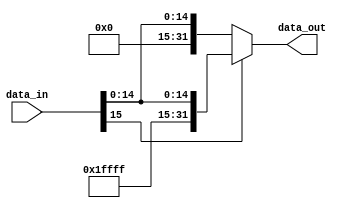
module sign_extend (

    input  wire [15:0] data_in,
    output wire [31:0] data_out

);

     //se o bit de sinal for 1, extenderemos s com 1s, caso contrrio, 0s
    assign data_out = (data_in[15]) ? {{16{1'b1}}, data_in} : {{16{1'b0}}, data_in};

endmodule